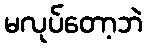
မလုပ်တော့ဘဲ